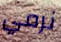
نرمي